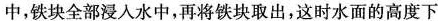
中，铁块全部浸入水中，再将铁块取出，这时水面的高度下